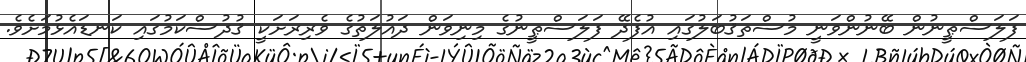
ފަލަސްޠީނުން ބޭނުންވަނީ މުސްތަޤުބަލުގައި އުފެދޭ ފަލަސްޠީނުގެ މިނިވަން ދައުލަތުގެ ވެރިރަށަކީ ޤުދުސްކަމުގައި ކަނޑައެޅުމަށެވެ.